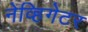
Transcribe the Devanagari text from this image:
नेव्हिगेटर